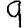
Digit: 9